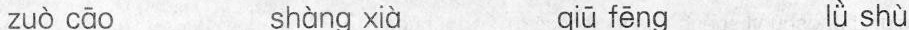
zuò cāo shàng xià qiū fēng lǜ shù